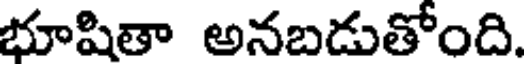
భూషితా అనబడుతోంది.